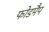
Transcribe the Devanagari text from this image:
फोडमैप